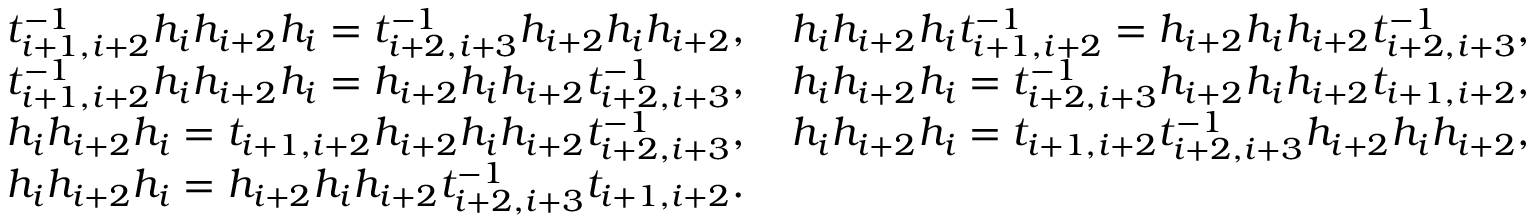
\begin{array} { r l } & { t _ { i + 1 , i + 2 } ^ { - 1 } h _ { i } h _ { i + 2 } h _ { i } = t _ { i + 2 , i + 3 } ^ { - 1 } h _ { i + 2 } h _ { i } h _ { i + 2 } , \quad h _ { i } h _ { i + 2 } h _ { i } t _ { i + 1 , i + 2 } ^ { - 1 } = h _ { i + 2 } h _ { i } h _ { i + 2 } t _ { i + 2 , i + 3 } ^ { - 1 } , } \\ & { t _ { i + 1 , i + 2 } ^ { - 1 } h _ { i } h _ { i + 2 } h _ { i } = h _ { i + 2 } h _ { i } h _ { i + 2 } t _ { i + 2 , i + 3 } ^ { - 1 } , \quad h _ { i } h _ { i + 2 } h _ { i } = t _ { i + 2 , i + 3 } ^ { - 1 } h _ { i + 2 } h _ { i } h _ { i + 2 } t _ { i + 1 , i + 2 } , } \\ & { h _ { i } h _ { i + 2 } h _ { i } = t _ { i + 1 , i + 2 } h _ { i + 2 } h _ { i } h _ { i + 2 } t _ { i + 2 , i + 3 } ^ { - 1 } , \quad h _ { i } h _ { i + 2 } h _ { i } = t _ { i + 1 , i + 2 } t _ { i + 2 , i + 3 } ^ { - 1 } h _ { i + 2 } h _ { i } h _ { i + 2 } , } \\ & { h _ { i } h _ { i + 2 } h _ { i } = h _ { i + 2 } h _ { i } h _ { i + 2 } t _ { i + 2 , i + 3 } ^ { - 1 } t _ { i + 1 , i + 2 } . } \end{array}